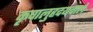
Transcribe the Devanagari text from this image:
कृपालुहृदयवाले